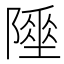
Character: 𨼦